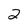
Character: 2